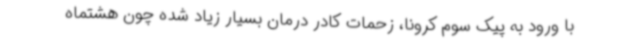
با ورود به پیک سوم کرونا، زحمات کادر درمان بسیار زیاد شده چون هشتماه